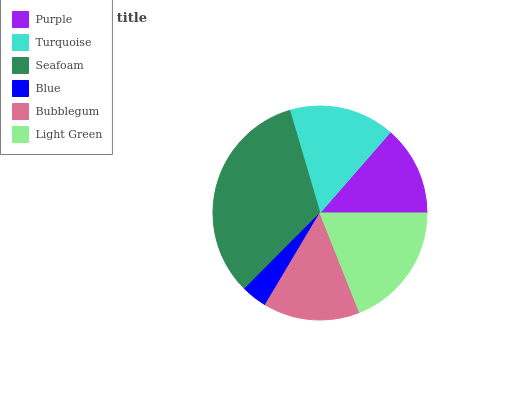
| Purple | Turquoise | Seafoam | Blue | Bubblegum | Light Green |
 | --- | --- | --- | --- | --- | --- |
 | 13.6% | 15.9% | 33% | 3.91% | 14.6% | 19% |